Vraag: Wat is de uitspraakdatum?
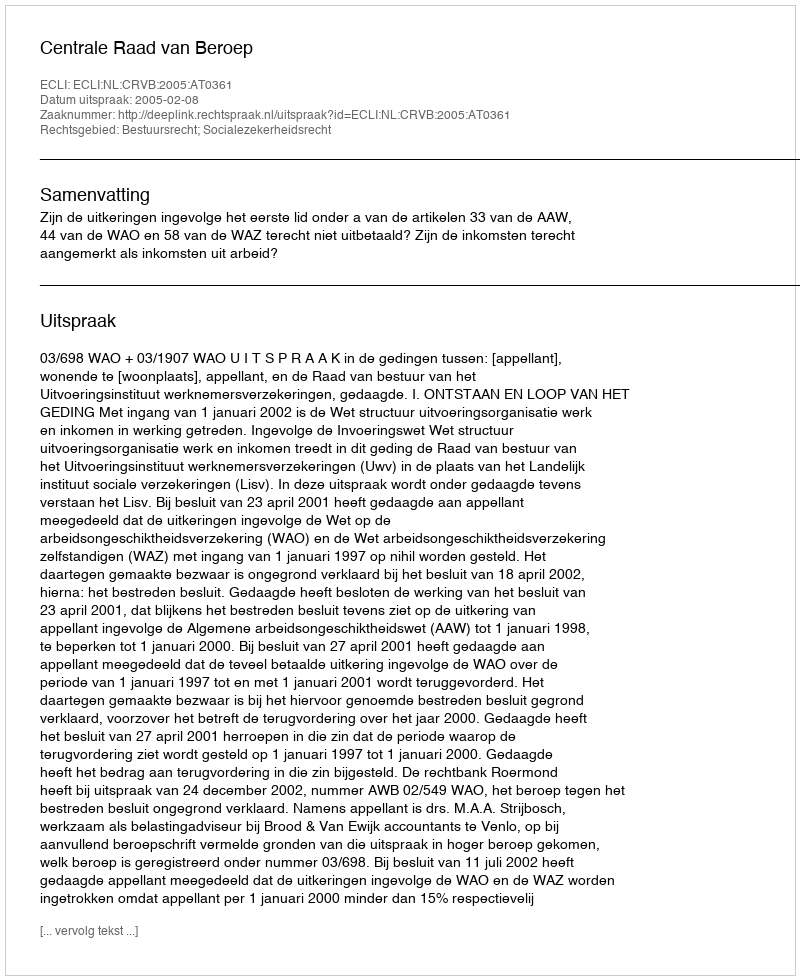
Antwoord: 2005-02-08